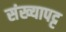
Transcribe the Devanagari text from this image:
संख्यापट्ट